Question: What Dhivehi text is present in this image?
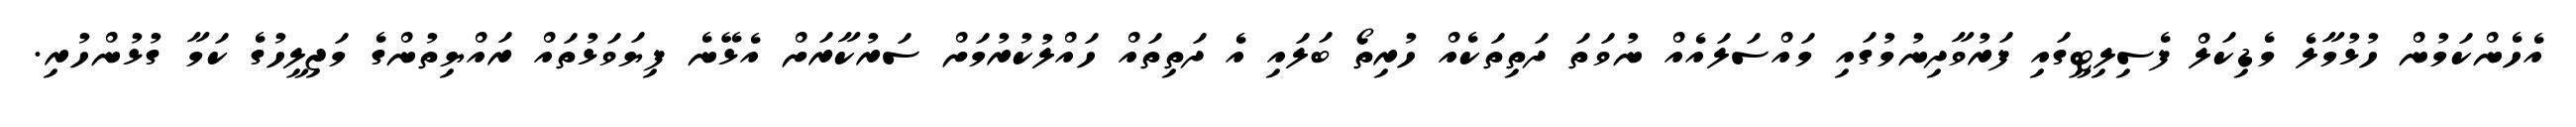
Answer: އެހެންކަމުން ހުޅުމާލެ މެޑިކަލް ފެސިލިޓީގައި ފަރުވާދިނުމުގައި މައްސަލައެއް ނުވަތަ ދަތިތަކެއް ހުރިތޯ ބަލައި އެ ދަތިތައް ހައްލުކުރުމަށް ސަރުކާރަށް އެޅޭނެ ފިޔަވަޅުތައް ރައްޔިތުންގެ މަޖިލީހުގެ ކަމާ ގުޅުންހުރި.